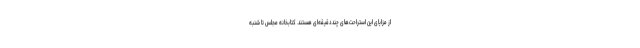
از مزایای این استراحت‌های چنددقیقه‌ای هستند. کتابخانه مجلس تا شنبه